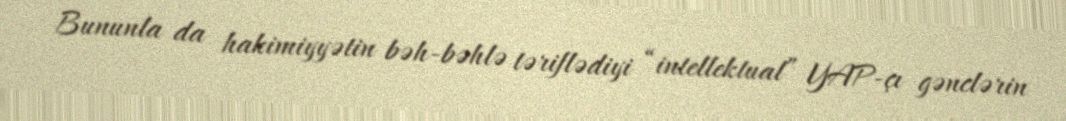
Bununla da hakimiyyətin bəh-bəhlə təriflədiyi “intellektual” YAP-çı gənclərin